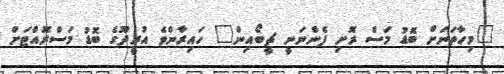
"މިހާތަނަށް ބޮޑު މަސް ރޮށި ފެންނަނީ ޗީބޯއިން" ހައިރާންވެ އުރީދޫގެ ބޮޑު މަސްރޮއްޓަށް